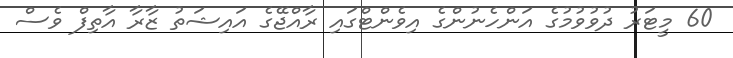
60 މީޓަރު ދުވުވުމުގެ އަންހެނުންގެ އިވެންޓްގައި ރާއްޖޭގެ އައިޝަތު ޒާރާ އާތިފް ވެސް